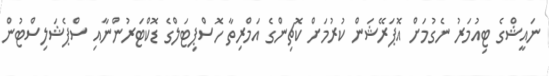
ނައީޝްގެ ޓިއުމަރު ނެގުމަށް އޮޕަރޭޝަން ކުރުމަށް ކޮޗިންގެ އަމްރިތާ ހޮސްޕިޓަލްގެ ޑޮކްޓަރުންނާއި ސްޕެޝަލިސްޓުން